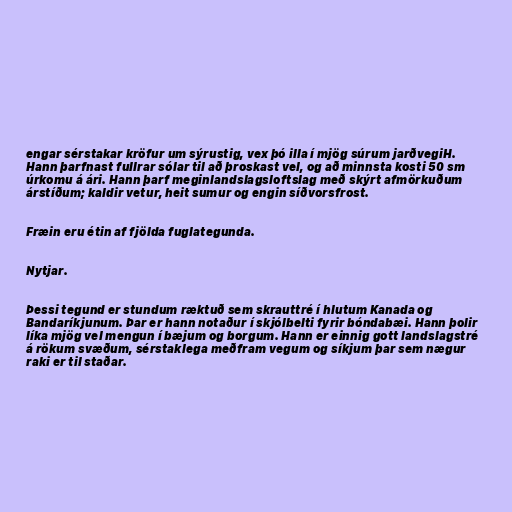
engar sérstakar kröfur um sýrustig, vex þó illa í mjög súrum jarðvegiH.
Hann þarfnast fullrar sólar til að þroskast vel, og að minnsta kosti 50 sm
úrkomu á ári. Hann þarf meginlandslagsloftslag með skýrt afmörkuðum
árstíðum; kaldir vetur, heit sumur og engin síðvorsfrost.

Fræin eru étin af fjölda fuglategunda.

Nytjar.

Þessi tegund er stundum ræktuð sem skrauttré í hlutum Kanada og
Bandaríkjunum. Þar er hann notaður í skjólbelti fyrir bóndabæi. Hann þolir
líka mjög vel mengun í bæjum og borgum. Hann er einnig gott landslagstré
á rökum svæðum, sérstaklega meðfram vegum og síkjum þar sem nægur
raki er til staðar.